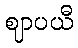
ဈာပယီ